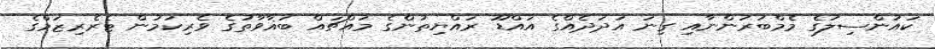
ކައުންސިލުގެ މެމްބަރުންނާއި ގިނަ އަދަދެއްގެ އައްޑޫ ރައްޔިތުންގެ މައްޗައް ބަޣާވާތުގެ ވެރިކަމުން ޓެރެރިޒަމްގެ